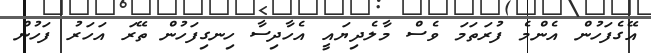
އޭގެފަހުން އެންމެ ފުރަތަމަ ވެސް މާލެދިޔައީ އެހާދިސާ ހިނގިފަހުން ތޭރަ އަހަރު ފަހުން